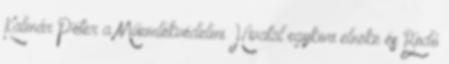
Kalmár Péter a Műemlékvédelmi Hivatal egykori elnöke és Bodó